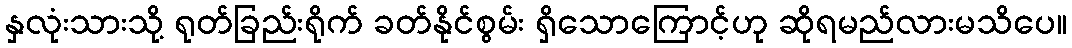
နှလုံးသားသို့ ရုတ်ခြည်းရိုက် ခတ်နိုင်စွမ်း ရှိသောကြောင့်ဟု ဆိုရမည်လားမသိပေ။